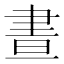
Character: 晝